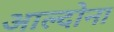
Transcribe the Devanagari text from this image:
आल्दोना